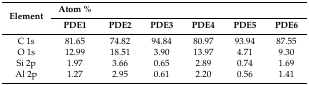
<table><thead><tr><td rowspan="2"><b>Element</b></td><td><b>Atom %</b></td><td></td><td></td><td></td><td></td><td></td></tr><tr><td><b>PDE1</b></td><td><b>PDE2</b></td><td><b>PDE3</b></td><td><b>PDE4</b></td><td><b>PDE5</b></td><td><b>PDE6</b></td></tr></thead><tbody><tr><td>C 1s</td><td>81.65</td><td>74.82</td><td>94.84</td><td>80.97</td><td>93.94</td><td>87.55</td></tr><tr><td>O 1s</td><td>12.99</td><td>18.51</td><td>3.90</td><td>13.97</td><td>4.71</td><td>9.30</td></tr><tr><td>Si 2p</td><td>1.97</td><td>3.66</td><td>0.65</td><td>2.89</td><td>0.74</td><td>1.69</td></tr><tr><td>Al 2p</td><td>1.27</td><td>2.95</td><td>0.61</td><td>2.20</td><td>0.56</td><td>1.41</td></tr></tbody></table>